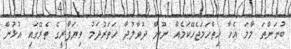
ބުނަންތަ މާމަ އެހާ ހިތްހަމަޖެހޭކަމެއް ނޫން ދުވާލުދާ ހަތަރުދަމު ވިޔަފާރީގެ ތެރޭގައި އުޅުން